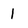
Character: 1